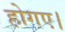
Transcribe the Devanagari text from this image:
होगए।